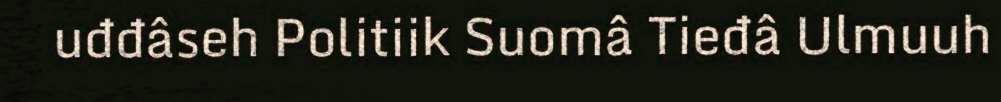
uđđâseh Politiik Suomâ Tieđâ Ulmuuh